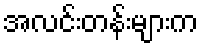
အလင်းတန်းများက